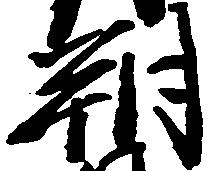
朔